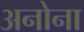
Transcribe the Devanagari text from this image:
अनोना